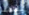
بطلنا